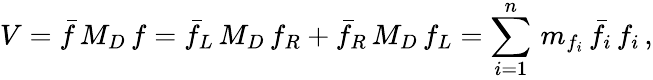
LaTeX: V=\bar{f}\, M_{D}\, f=\bar{f}_{L}\, M_{D}\, f_{R}+\bar{f}_{R}\, M_{D}\, f_{L}=\sum_{i=1}^{n}\, m_{f_{i}}\, \bar{f}_{i}\, f_{i}\, ,